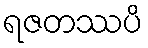
ရဇတဿပိ